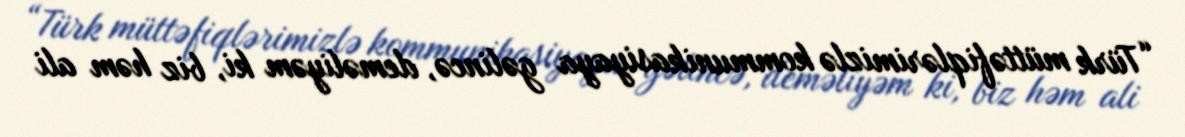
“Türk müttəfiqlərimizlə kommunikasiyaya gəlincə, deməliyəm ki, biz həm ali